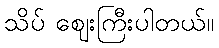
သိပ် ဈေးကြီးပါတယ်။